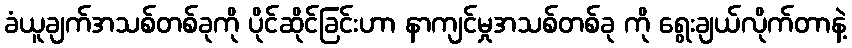
ခံယူချက်အသစ်တစ်ခုကို ပိုင်ဆိုင်ခြင်းဟာ နာကျင်မှုအသစ်တစ်ခု ကို ရွေးချယ်လိုက်တာနဲ့